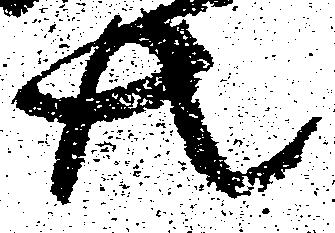
共